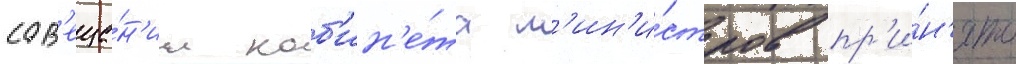
сов'еща́н'ии каб'ин'е́та м'ин'и́стров пр'и́н'ято